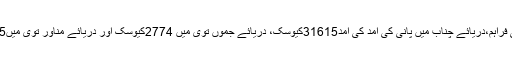
نہر مرالہ راوی لنک کو15000 کیوسک پانی کی فراہم،دریائے چناب میں پانی کی آمد کی آمد31615کیوسک، دریائے جموں توی میں 2774کیوسک اور دریائے مناور توی میں1225کیوسک پانی کی آمد ریکارڈ کی جارہی ہے۔